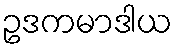
ဥဒကမာဒါယ